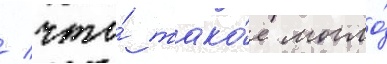
/ что́ тако́е могло́